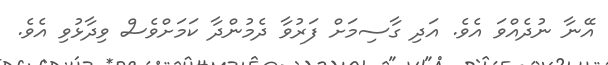
އޭނާ ނުދެއްވަ އެވެ. އަދި ގާސިމަށް ފަރުވާ ދެމުންދާ ކަމަށްވެސް ވިދާޅުވި އެވެ.